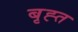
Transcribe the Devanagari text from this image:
बृह्त